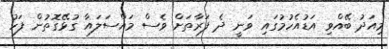
މިއަދު ބޭއްވި އަޑުއެހުމުގައި ވަނީ ދެ ފަރާތަށް ވެސް މައްސަލައާ ގުޅޭގޮތުން ފަހު